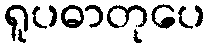
ရူပဓာတုပေ